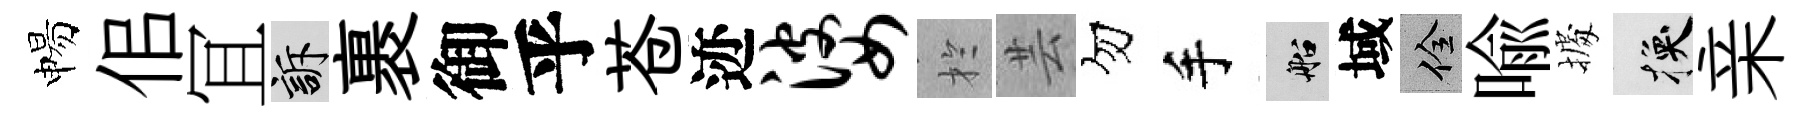
惕佀冝訴裹御乎苍迹婆扵芸勿手船域佺喻𢴃换亲